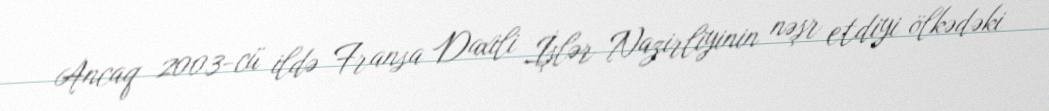
Ancaq 2003-cü ildə Fransa Daxili İşlər Nazirliyinin nəşr etdiyi ölkədəki